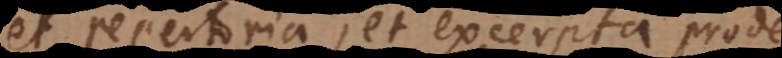
et repertoria, et excerpta prodesse